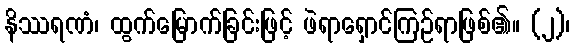
နိဿရဏံ၊ ထွက်မြောက်ခြင်းဖြင့် ဖဲရာရှောင်ကြဉ်ရာဖြစ်၏။ (၂)၊